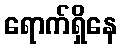
ရောက်ရှိနေ